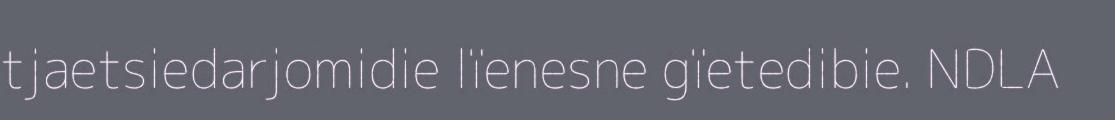
tjaetsiedarjomidie lïenesne gïetedibie. NDLA